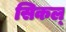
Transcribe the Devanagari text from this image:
सिकल्